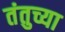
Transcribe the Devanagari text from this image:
तंतुच्या